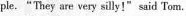
ple."They are very silly!"said Tom.